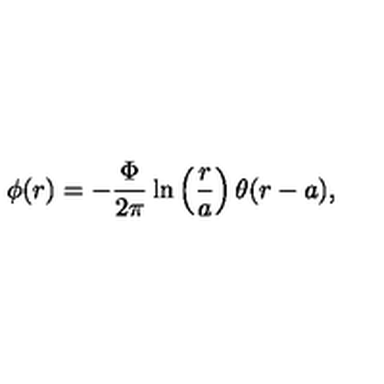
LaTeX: \phi ( r ) = - \displaystyle \frac { \Phi } { 2 \pi } \ln \left( \displaystyle \frac { r } { a } \right) \theta ( r - a ) ,